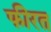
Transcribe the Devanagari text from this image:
फीरत